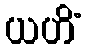
ယဟိံ